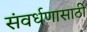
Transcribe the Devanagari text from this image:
संवर्धणासाठी